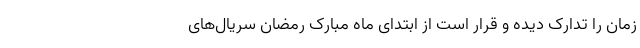
زمان را تدارک دیده و قرار است از ابتدای ماه مبارک رمضان سریال‌های